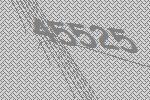
45525